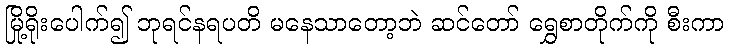
မြို့ရိုးပေါက်၍ ဘုရင်နရပတိ မနေသာတော့ဘဲ ဆင်တော် ရွှေစာတိုက်ကို စီးကာ